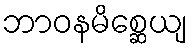
ဘာဝနမိစ္ဆေယျ